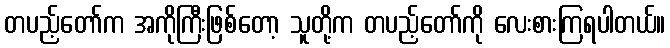
တပည့်တော်က အကိုကြီးဖြစ်တော့ သူတို့က တပည့်တော်ကို လေးစားကြရပါတယ်။